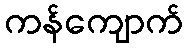
ကန်ကျောက်